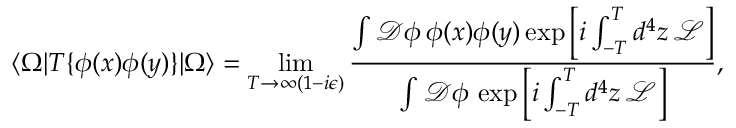
\langle \Omega | T \{ \phi ( x ) \phi ( y ) \} | \Omega \rangle = \operatorname* { l i m } _ { T \to \infty ( 1 - i \epsilon ) } { \frac { \int { \mathcal { D } } \phi \, \phi ( x ) \phi ( y ) \exp \left[ i \int _ { - T } ^ { T } d ^ { 4 } z \, { \mathcal { L } } \right] } { \int { \mathcal { D } } \phi \, \exp \left[ i \int _ { - T } ^ { T } d ^ { 4 } z \, { \mathcal { L } } \right] } } ,